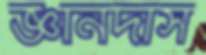
জ্ঞানদাস